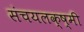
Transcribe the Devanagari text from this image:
संचयलक्ष्मी